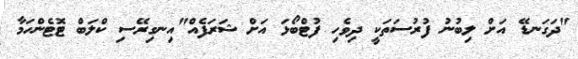
"ދަގަނޑޭ އަށް ލިބުނު ފުރުސަތަކީ ދިވެހި ފުޓްބޯޅަ އަށް ޝަރަފެއް"އިނގިރޭސި ކްލަބް ޓޮޓެންހަމާ